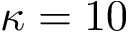
\kappa = 1 0